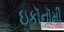
ઇકૉનૉમી